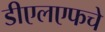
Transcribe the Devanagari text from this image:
डीएलएफचे